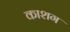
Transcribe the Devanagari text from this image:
काशग